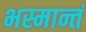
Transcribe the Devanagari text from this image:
भस्मान्तं